Report on the administration of the Government Cinchona Department 1892-98
Year: 1892
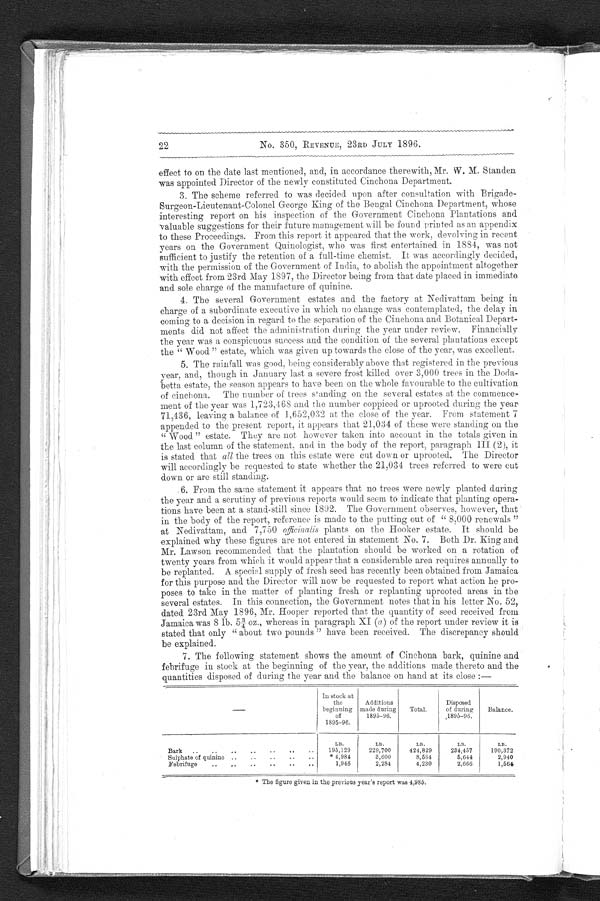
22
No. 350, REVENUE, 23RD JULY 1896.
effect to on the date last mentioned, and, in accordance therewith, Mr. W. M. Standen
was appointed Director of the newly constituted Cinchona Department.
3. The scheme referred to was decided upon after consultation with Brigade
-Surgeon-Lieutenant-Colonel George King of the Bengal Cinchona Department, whose
interesting report on his inspection of the Government Cinchona Plantations and
valuable suggestions for their future management will be found printed as an appendix
to these Proceedings. From this report it appeared that the work, devolving in recent
years on the Government Quinologist, who was first entertained in 1884, was not
sufficient to justify the retention of a full-time chemist. It was accordingly decided,
with the permission of the Government of Indian, to abolish the appointment altogether
with effect from 23rd May 1897, the Director being from that date placed in immediate
and sole charge of the manufacture of quinine.
4. The several Government estates and the factory at Nedivattam being in
charge of a subordinate executive in which no change was contemplated, the delay in
coming to a decision in regard to the separation of the Cinchona and Botanical Depart
- m e n t s d i d n o t a f f e c t t h e a d m i n i s t r a t i o n d u r i n g t h e y e a r u n d e r r e v i e w . F i n a n c i a l l y
the year was a conspicuous success and the condition of the several plantations except
the " Wood " estate, which was given up towards the close of the year, was excellent.
5. The rainfall was good, being considerably above that registered. in the previous
year, and, though in January last a severe frost killed over 3,000 trees in the
D o d a - b e t t a e s t a t e , t h e s e a s o n a p p e a r s t o h a v e b e e n o n t h e w h o l e f a v o u r a b l e t o t h e c u l t i v a t i o n
of cinchona. The number of trees standing on the several estates at the commence
- m e n t o f t h e y e a r w a s 1 , 7 2 3 , 4 6 8 a n d t h e n u m b e r c o p p i c e d o r u p r o o t e d d u r i n g t h e y e a r
71,136, leaving a balance of 1,652,032 at the close of the year. From statement 7
appended to the present report, it appears that 21,034 of these were standing on the
" Wood " estate. They are not however taken into account in the totals given in
the last column of the statement, and in the body of the report, paragraph III (2), it
is stated that all the trees on this estate were cut down or uprooted. The Director
will accordingly be requested to state whether the 21,034 trees referred to were cut
down or are still standing.
6. From the same statement it appears that no trees were newly planted during
the year and a scrutiny of previous reports would seem to indicate that planting opera
- t i o n s h a v e b e e n a t a s t a n d - s t i l l s i n c e 1 8 9 2 . T h e G o v e r n m e n t o b s e r v e s , h o w e v e r , t h a t
in the body of the report, reference is made to the putting out of "8,000 renewal"
at Nedivattam, and 7,750 officinalis plants on the Hooker estate. It should be
explained why these figures are not entered in statement No. 7. Both Dr. King and
Mr. Lawson recommended that the plantation should be worked on a rotation of
twenty years from which it would appear that a considerable area requires annually to
be replanted. A special supply of fresh seed has recently been obtained from Jamaica
for this purpose and the Director will now be requested to report what action he pro
- p o s e s t o t a k e i n t h e m a t t e r o f p l a n t i n g f r e s h o r r e p l a n t i n g u p r o o t e d a r e a s i n t h e
several estates. In this connection, the Government notes that in his letter No. 52,
dated 23rd May 1896, Mr. Hooper reported that the quantity of seed received from
Jamaica was 8 lb. 5¾ oz., whereas in paragraph XI (a) of the report under review it is
stated that only " about two pounds " have been received. The discrepancy should
be explained.
7. The following statement shows the amount of Cinchona bark, quinine and
febrifuge in stock at the beginning of the year, the additions made thereto and the
quantities disposed of during the year and the balance on hand at its close :—
In stock at
the
beginnings„. made
of
1895-96.
Additions
m a d e d u r i n g
1895-96.
Total.
Disposed
of
d u r i n g , 1 8 9 5 - 9 6 .
B a l a n c e
LB.
LB.
LB.
LB.
LB.
Bark
195,129
229,700
424,829
234,457
190,372
Sulphate of quinine
* 4,984
3,600
8,584
5,644
2,940
Febrifuge
1,946
2,284
4,230
2,666
1,564
* T h e f i g u r e g i v e n i n t h e p r e v i o u s y e a r ' s r e p o r t w a s 4 , 9 8 5 .